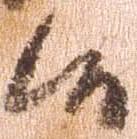
候